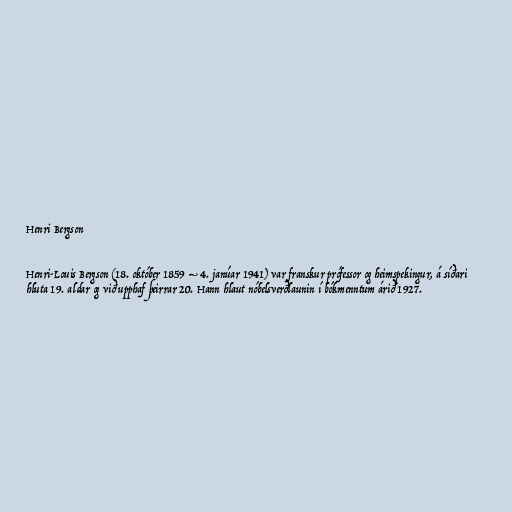
Henri Bergson

Henri-Louis Bergson (18. október 1859 – 4. janúar 1941) var franskur prófessor og heimspekingur, á síðari
hluta 19. aldar og við upphaf þeirrar 20. Hann hlaut nóbelsverðlaunin í bókmenntum árið 1927.